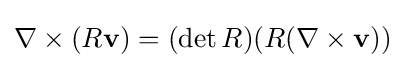
\nabla \times (R\mathbf {v} )=(\det R)(R(\nabla \times \mathbf {v} ))